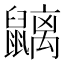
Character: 𪖂